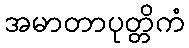
အမာတာပုတ္တိကံ